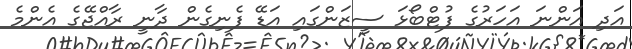
އަދި އަންނަ އަހަރުގެ ފުޓްބޯޅަ ސީޒަންގައި އަޑޭ ފެނިގެން ދާނީ ރާއްޖޭގެ އެންމެ